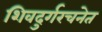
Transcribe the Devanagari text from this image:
शिवदुर्गरचनेत